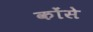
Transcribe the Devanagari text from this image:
कोंसे